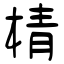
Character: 棈